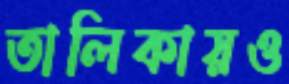
তালিকায়ও